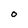
Character: 0